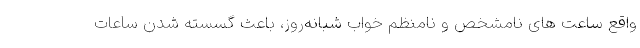
واقع ساعت‌ های نامشخص و نامنظم خواب شبانه‌روز، باعث گسسته شدن ساعات